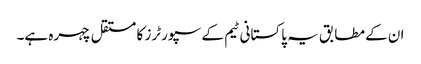
ان کے مطابق یہ پاکستانی ٹیم کے سپورٹرز کا مستقل چہرہ ہے۔